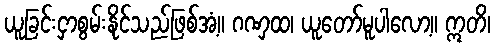
ယူခြင်းငှာစွမ်းနိုင်သည်ဖြစ်အံ့။ ဂဏှထ၊ ယူတော်မူပါလော့။ ဣတိ၊